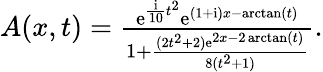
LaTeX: \begin{array}{r}{A(x,t)=\frac{\mathrm{e}^{\frac{\mathrm{{i}}}{10}t^{2}}\mathrm{e}^{(1+\mathrm{{i}})x-\arctan(t)}}{1+\frac{(2t^{2}+2)\mathrm{e}^{2x-2\arctan(t)}}{8(t^{2}+1)}}.}\end{array}